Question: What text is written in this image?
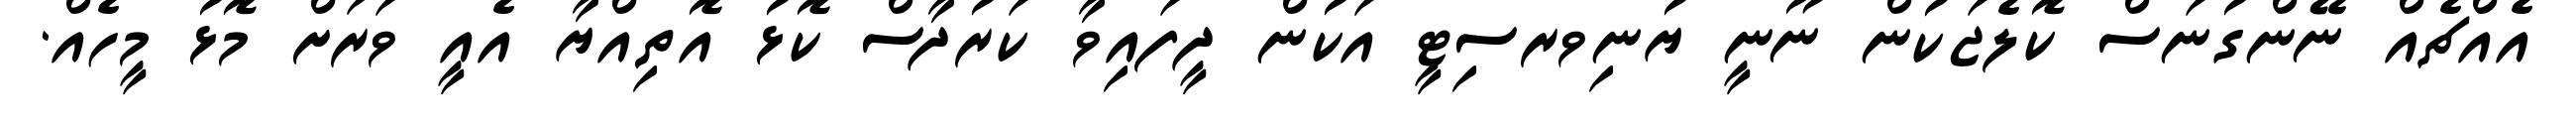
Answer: އެއްޗެއް ނޭންގުނަސް ކޮލެޖަކުން ނޫނީ ޔުނިވރސިޓީ އަކުން ދީފައިވާ ކަރުދާސް ކޮޅު އޮތިއްޔާ އެއީ ވަރަށް މޮޅު މީހެއް.